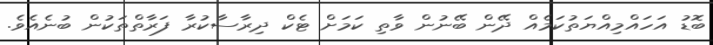
ބޮޑު އަހައްމިއްޔަތުކަމެއް ދޭން ބޭނުން ވާތި ކަމަށް ޓެކް ދިރާސާކުރާ ފަރާތްތަކުން ބުނެއެވެ.